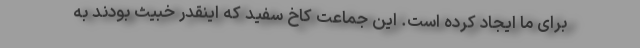
برای ما ایجاد کرده است. این جماعت کاخ سفید که اینقدر خبیث بودند به